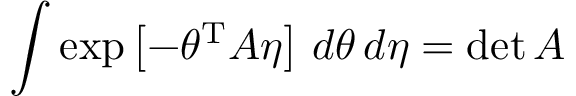
\int \exp \left[ - \theta ^ { \mathrm { { T } } } A \eta \right] \, d \theta \, d \eta = \operatorname* { d e t } A